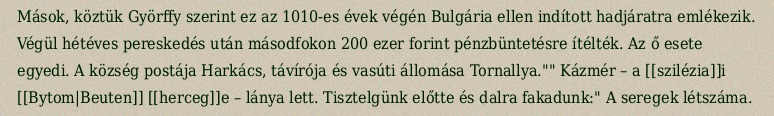
Mások, köztük Györffy szerint ez az 1010-es évek végén Bulgária ellen indított hadjáratra emlékezik. Végül hétéves pereskedés után másodfokon 200 ezer forint pénzbüntetésre ítélték. Az ő esete egyedi. A község postája Harkács, távírója és vasúti állomása Tornallya."" Kázmér – a [[szilézia]]i [[Bytom|Beuten]] [[herceg]]e – lánya lett. Tisztelgünk előtte és dalra fakadunk:" A seregek létszáma.